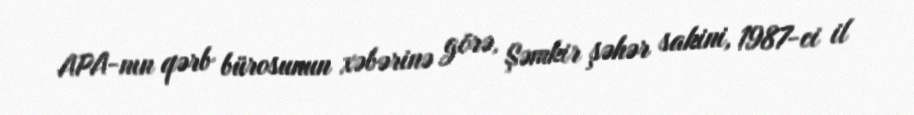
APA-nın qərb bürosunun xəbərinə görə, Şəmkir şəhər sakini, 1987-ci il